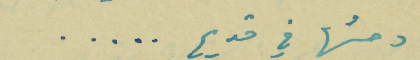
وحسُها في قديم.....